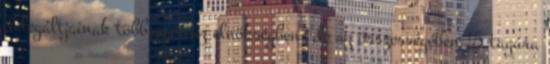
delegáltjainak többségét az elnökségben, de az összességében 15 tagúra